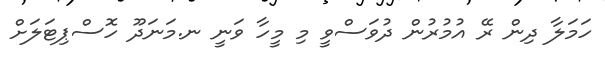
ހަމަލާ ދިން ރޭ އުމުރުން ދުވަސްވީ މި މީހާ ވަނީ ނ.މަނަދޫ ހޮސްޕިޓަލަށް